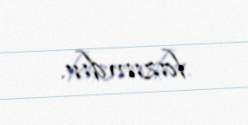
lazımdır.